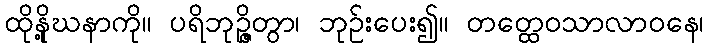
ထိုနို့ဃနာကို။ ပရိဘုဉ္ဇိတွာ၊ ဘုဉ်းပေး၍။ တတ္ထေဝသာလာဝနေ၊